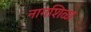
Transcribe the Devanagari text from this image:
नागशिळा